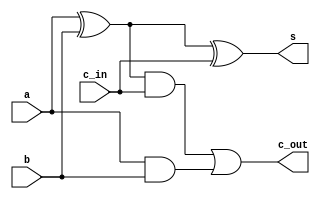
module full_adder (a, b, c_in, c_out, s);
	output s, c_out;
	input a, b, c_in;

	xor a1(a1_o, a, b);
	xor o1(s, a1_o, c_in);
	and a2(a2_o, a1_o, c_in);
	and a3(a3_o, a, b);
	or o2(c_out, a2_o, a3_o);
	
endmodule